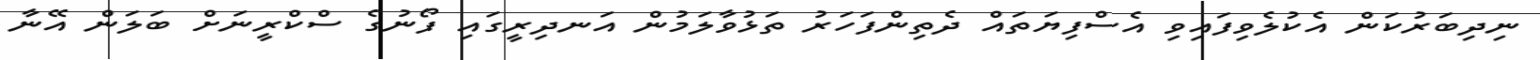
ނިދިބަރުކަން އެކުލެވިފައިވި އެސްފިޔަތައް ދެތިންފަހަރު ތަޅުވާލަމުން އަނދިރީގައި ފޯނުގެ ސްކްރީނަށް ބަލަން އޭނާ